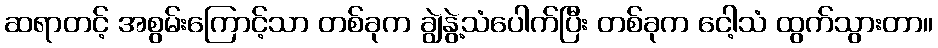
ဆရာတင့် အစွမ်းကြောင့်သာ တစ်ခုက ချွဲနွဲ့သံပေါက်ပြီး တစ်ခုက ငေါ့သံ ထွက်သွားတာ။